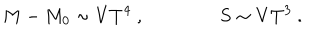
LaTeX: M - M _ { 0 } \sim V T ^ { 4 } \ , \qquad \qquad S \sim V T ^ { 3 } \ .